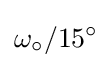
\omega _{\circ }/\mathrm {15} ^{\circ }